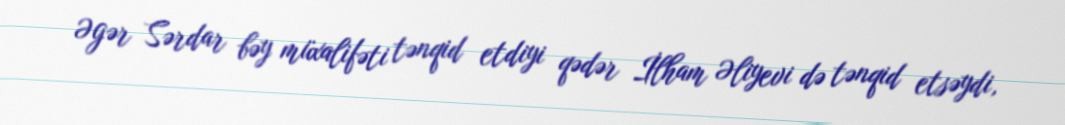
Əgər Sərdar bəy müxalifəti tənqid etdiyi qədər İlham Əliyevi də tənqid etsəydi,